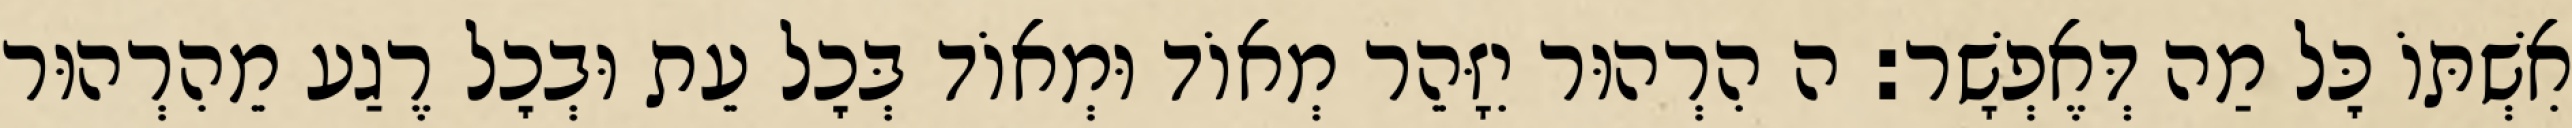
אִשְׁתּוֹ כׇּל מַה דְּאֶפְשָׁר: ה הִרְהוּר יִזָּהֵר מְאוֹד וּמְאוֹד בְּכׇל עֵת וּבְכׇל רֶגַע מֵהִרְהוּר